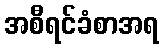
အစီရင်ခံစာအရ